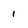
Character: 1